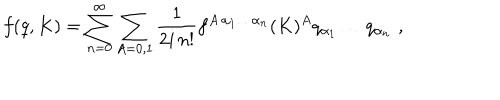
f ( q , K ) = \sum _ { n = 0 } ^ { \infty } \sum _ { A = 0 , 1 } \frac { 1 } { 2 i \, n ! } f ^ { A \, \alpha _ { 1 } \ldots \alpha _ { n } } ( K ) ^ { A } q _ { \alpha _ { 1 } } \ldots q _ { \alpha _ { n } } \, \, ,